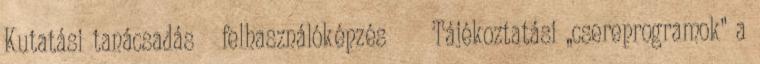
Kutatási tanácsadás felhasználóképzés Tájékoztatási „csereprogramok” a